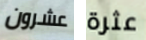
عشرون عثرة